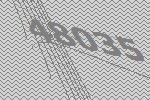
48035